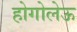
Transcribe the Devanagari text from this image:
होगोलेऊ